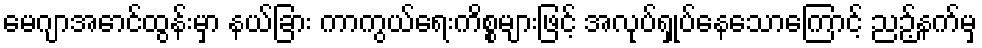
မေဂျာအောင်ထွန်းမှာ နယ်ခြား ကာကွယ်ရေးကိစ္စများဖြင့် အလုပ်ရှုပ်နေသောကြောင့် ညဉ့်နက်မှ